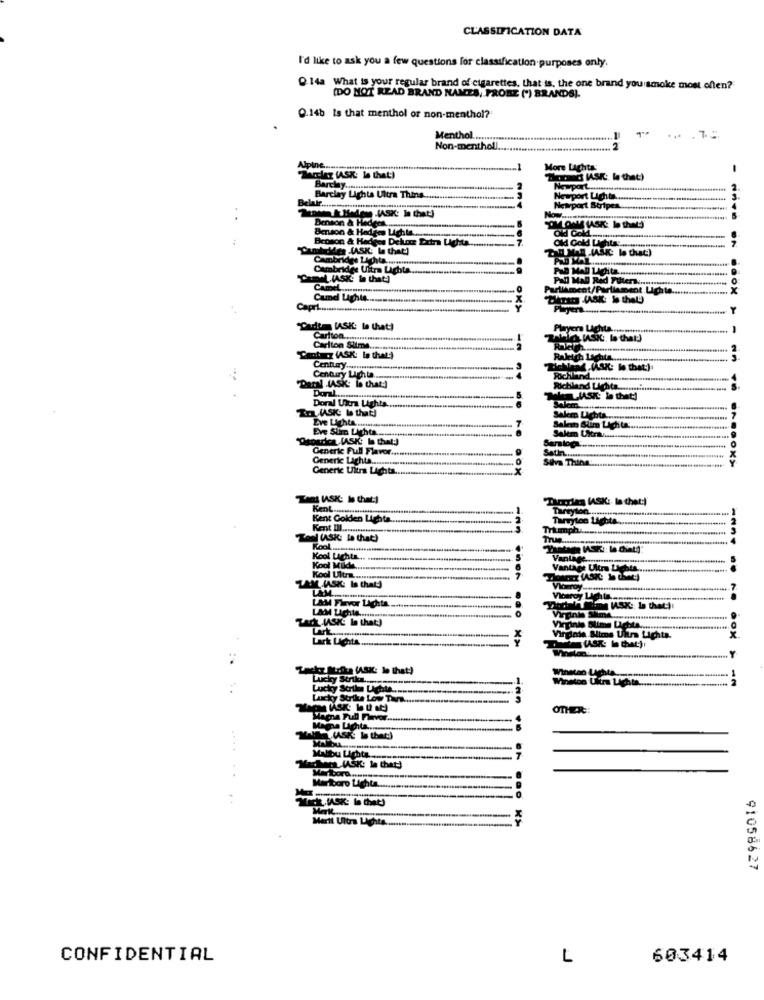
CLASSIFICATION DATA
I'd like to ask you a few questions for classification purposes only.
Q 14a What is your regular brand of cigarettes, that is, the one brand you smoke most often?
(DO NOT READ BRAND NAMES, PRORE (*) BRANDS).
Q.14b Is that menthol or non-menthol?
Menthol ..
Non-mentholl .....
Alpine ....
More Lighta:
"Tacler (ASK: le that)
Bord MS lethat)
Barclay .....
Belalr ....
Barclay Lights Ultra Thins.
ort Stripes
Benson & Hedens
Benson & Hedges Lighta.
MUSK b that)
Broson & Hedges Dekor Extra Ll
Ok Cold Lights ....
amtickdes (ASK: la that]
Cambridge Lichta ...
Cambridge Ultra Lighta
POD Mall Lighta
,VASKE ba that)
Camel .....
Cumd Lights
OKS
"Carte (ASIC: le that)
Carlton .........
that
Carlton Slime ...
motz (ASK: In that)
Century .............
-..
Century Lighta.
"Daryl (ASK: la that:)
Doral.
Doral Ultra Lights
(ASK: Is that!
Eve Light .....
Eve Stima Lichta
sourica (ASI Is that:)
Generie Full Flavor.
Generic Lichta .....
Silva Thins
Generic Ultra Lighta.
Tirarles (ASK: la thet:)
Kent ....
Tareylon ...........
Kent Golden Lighta
Tarrytoo Lighta.
Kent III ..
Triumph ....
af (ASK: la that)
True
Kool ...................
Kool
Vantage
Vantage Ultra Lighta.
Kool Ultra ......
AM IASK Is that:)
Ak WASIE In that)
LAM Ughi ........
Slime Lichta ...
Lark Lights ..........
Lac le that)
Winston Ultra Lighta ...
cky Strike Low Tr ...
OTHER:
ma Full Flavor
SK la thet
Merit Ultra Lighta ...
91058627
CONFIDENTIAL
L
603414